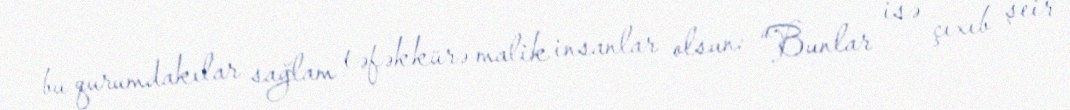
bu qurumdakılar sağlam təfəkkürə malik insanlar olsun: “Bunlar isə çıxıb şeir